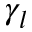
\gamma _ { l }